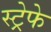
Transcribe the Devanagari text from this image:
स्ट्रेफे